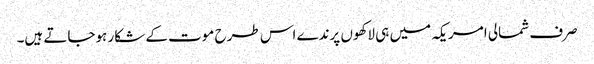
صرف شمالی امریکہ میں ہی لاکھوں پرندے اس طرح موت کے شکار ہوجاتے ہیں۔